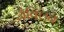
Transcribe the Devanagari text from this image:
जैक्लिन